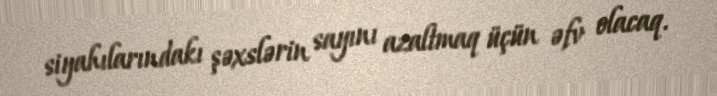
siyahılarındakı şəxslərin sayını azaltmaq üçün əfv olacaq.